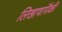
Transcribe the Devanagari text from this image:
लिखाणांपैकी